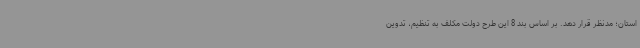
استان؛ مدنظر قرار دهد. بر اساس بند 8 این طرح دولت مکلف به تنظیم، تدوین